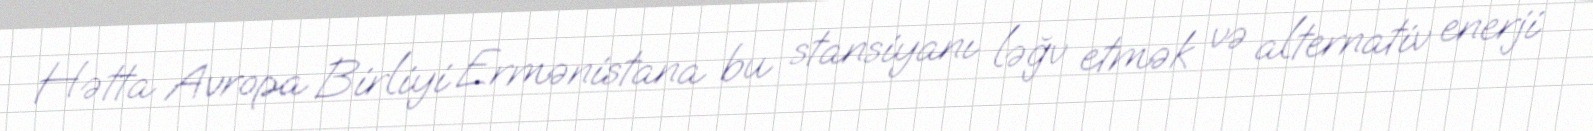
Hətta Avropa Birliyi Ermənistana bu stansiyanı ləğv etmək və alternativ enerji